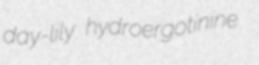
day-lily hydroergotinine